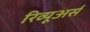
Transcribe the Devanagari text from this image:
रिव्यूअर्स